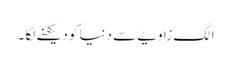
الگ زاویے سے دنیا کو دیکھنے لگا ۔